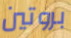
بروتين